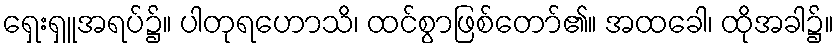
ရှေးရှူအရပ်၌။ ပါတုရဟောသိ၊ ထင်စွာဖြစ်တော်၏။ အထခေါ၊ ထိုအခါ၌။